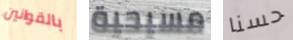
بالقوانين مسيحية حسنا